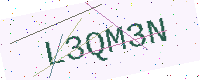
Text: L3QM3N